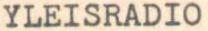
YLEISRADIO